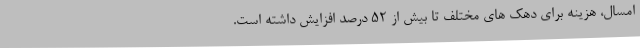
امسال، هزینه برای دهک های مختلف تا بیش از ۵۲ درصد افزایش داشته است.